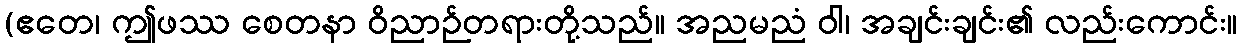
(ဧတေ၊ ဤဖဿ စေတနာ ဝိညာဉ်တရားတို့သည်။ အညမညံ ဝါ၊ အချင်းချင်း၏ လည်းကောင်း။